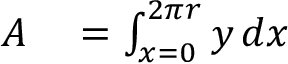
\begin{array} { r l } { A } & { { } = \int _ { x = 0 } ^ { 2 \pi r } y \, d x } \end{array}